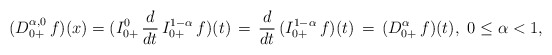
\begin{align*}(D^{\alpha,0}_{0+}\, f)(x) = (I_{0+}^{0}\, \frac{d}{dt}\, I_{0+}^{1-\alpha}\, f)(t)\, = \, \frac{d}{dt}\, (I_{0+}^{1-\alpha}\, f)(t)\, = \,(D^\alpha_{0+}\, f)(t),\ 0 \le \alpha < 1,\end{align*}